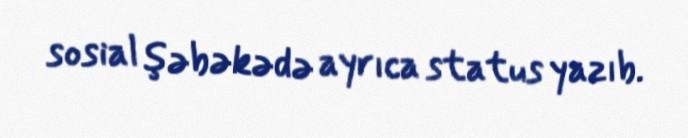
sosial şəbəkədə ayrıca status yazıb.